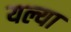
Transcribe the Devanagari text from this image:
यल्या